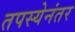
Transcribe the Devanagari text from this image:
तपस्येनंतर